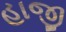
હાજી